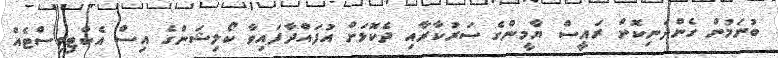
ބުނަމުން ގެންދަނިކޮށް ރައީސް ޔާމީންގެ ސަރުކާރާއި ދެކޮޅަށް އުފައްދާފައިވާ ކޯލިޝަންގެ އިސް އެކްޓިވިސްޓެއް